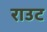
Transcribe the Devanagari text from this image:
राउट